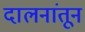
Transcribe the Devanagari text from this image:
दालनांतून